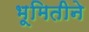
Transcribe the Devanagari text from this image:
भूमितीने